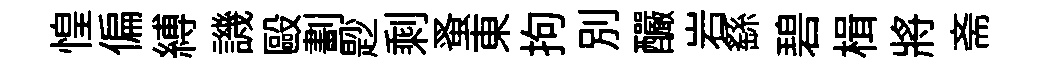
惶偏縛譏毆劃尟剩蚤東拘别釅岩繇碧楫將斋